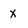
Character: x